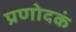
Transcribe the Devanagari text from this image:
प्रणोदकं